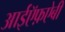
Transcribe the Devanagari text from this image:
आईऍफ़ऐबी